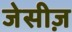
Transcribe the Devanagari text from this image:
जेसीज़